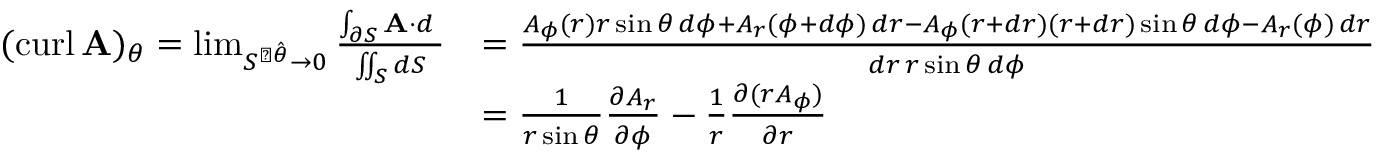
{ \begin{array} { r l } { ( \operatorname { c u r l } \mathbf { A } ) _ { \theta } = \operatorname* { l i m } _ { S ^ { \perp { \boldsymbol { \hat { \theta } } } } \to 0 } { \frac { \int _ { \partial S } \mathbf { A } \cdot d \mathbf { \ell } } { \iint _ { S } d S } } } & { = { \frac { A _ { \phi } ( r ) r \sin \theta \, d \phi + A _ { r } ( \phi + d \phi ) \, d r - A _ { \phi } ( r + d r ) ( r + d r ) \sin \theta \, d \phi - A _ { r } ( \phi ) \, d r } { d r \, r \sin \theta \, d \phi } } } \\ & { = { \frac { 1 } { r \sin \theta } } { \frac { \partial A _ { r } } { \partial \phi } } - { \frac { 1 } { r } } { \frac { \partial ( r A _ { \phi } ) } { \partial r } } } \end{array} }